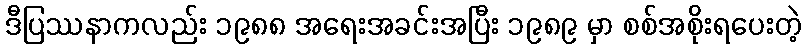
ဒီပြဿနာကလည်း ၁၉၈၈ အရေးအခင်းအပြီး ၁၉၈၉ မှာ စစ်အစိုးရပေးတဲ့